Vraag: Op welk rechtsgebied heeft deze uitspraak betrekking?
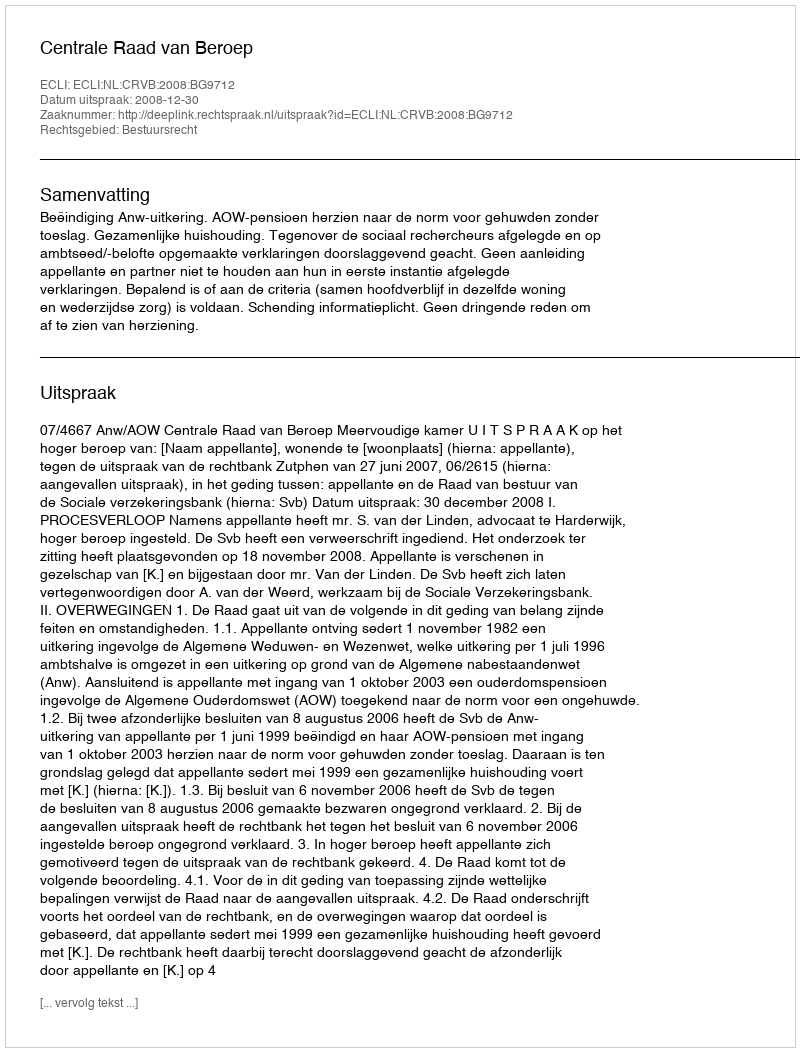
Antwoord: Bestuursrecht